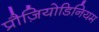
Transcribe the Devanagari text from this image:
प्रौज़ियोडिनियम